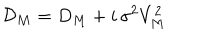
\mathcal { D } _ { M } = D _ { M } + i \, \sigma ^ { 2 } V _ { M } ^ { 2 }